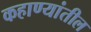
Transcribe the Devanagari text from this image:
कहाण्यांतील